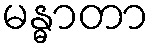
မန္ဓာတာ